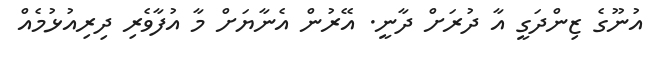
އުނޫގެ ޒިންދަގީ އާ ދުރަށް ދާނީ. އޭރުން އެނާޔަށް މާ އުފާވެރި ދިރިއުޅުމެއް